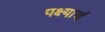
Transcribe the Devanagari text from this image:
पक्ष्याचं